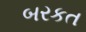
બરકત